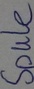
Text: Spule